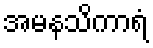
အမနသိကာရံ